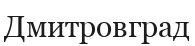
Дмитровград